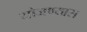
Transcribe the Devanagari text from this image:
योजण्यास